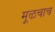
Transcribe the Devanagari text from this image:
मूळचाच